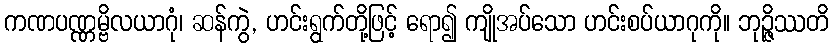
ကဏပဏ္ဏမ္ဗိလယာဂုံ၊ ဆန်ကွဲ, ဟင်းရွက်တို့ဖြင့် ရော၍ ကျိုအပ်သော ဟင်းစပ်ယာဂုကို။ ဘုဉ္ဇိဿတိ